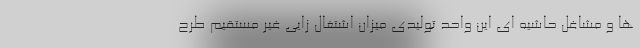
ها و مشاغل حاشیه ای این واحد تولیدی میزان اشتغال زایی غیر مستقیم طرح